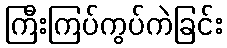
ကြီးကြပ်ကွပ်ကဲခြင်း